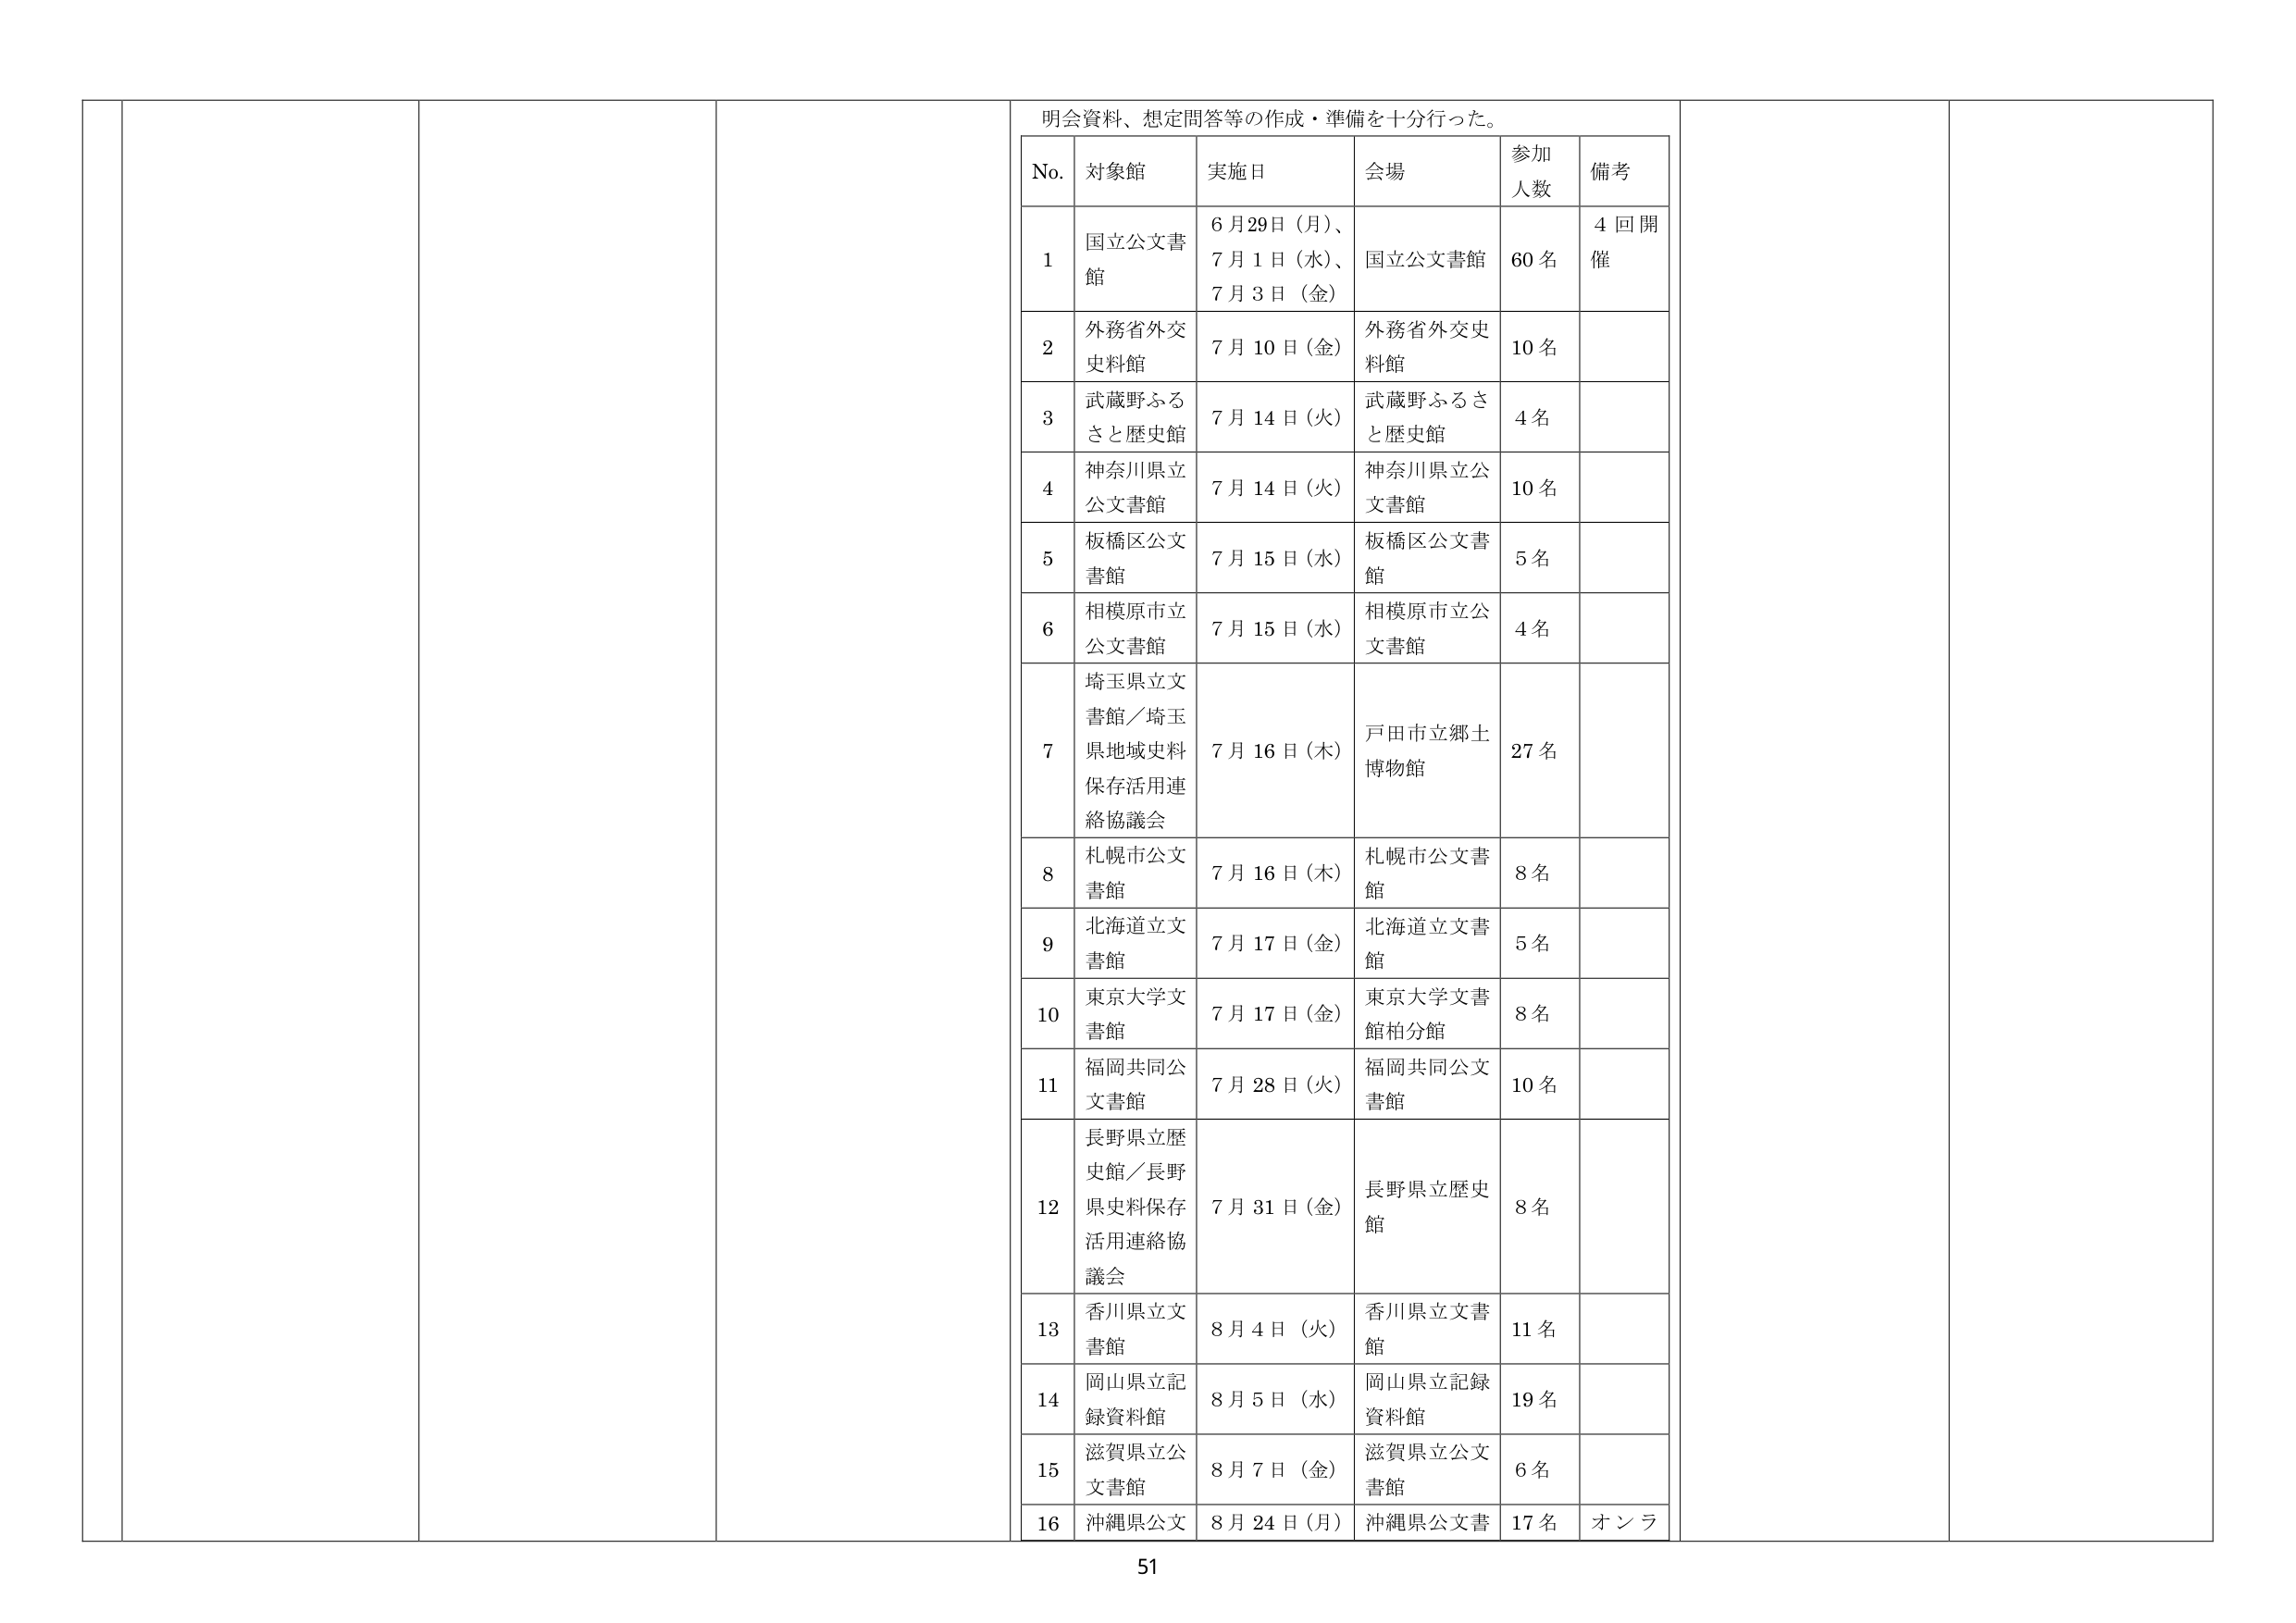
明会資料、想定問答等の作成・準備を十分行った。

No. 対象館 実施日 会場 参加人数 備考
1 国立公文書館 6月29日（月）、7月1日（水）、7月3日（金） 国立公文書館 60名 4回開催
2 外務省外交史料館 7月10日（金） 外務省外交史料館 10名
3 武蔵野ふるさと歴史館 7月14日（火） 武蔵野ふるさと歴史館 4名
4 神奈川県立公文書館 7月14日（火） 神奈川県立公文書館 10名
5 板橋区公文書館 7月15日（水） 板橋区公文書館 5名
6 相模原市立公文書館 7月15日（水） 相模原市立公文書館 4名
7 埼玉県立文書館／埼玉県地域史料保存活用連絡協議会 7月16日（木） 戸田市立郷土博物館 27名
8 札幌市公文書館 7月16日（木） 札幌市公文書館 8名
9 北海道立文書館 7月17日（金） 北海道立文書館 5名
10 東京大学文書館 7月17日（金） 東京大学文書館柏分館 8名
11 福岡共同公文書館 7月28日（火） 福岡共同公文書館 10名
12 長野県立歴史館／長野県史料保存活用連絡協議会 7月31日（金） 長野県立歴史館 8名
13 香川県立文書館 8月4日（火） 香川県立文書館 11名
14 岡山県立記録資料館 8月5日（水） 岡山県立記録資料館 19名
15 滋賀県立公文書館 8月7日（金） 滋賀県立公文書館 6名
16 沖縄県公文 8月24日（月） 沖縄県公文書 17名 オンラ

51